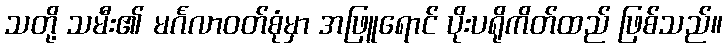
သတို့ သမီး၏ မင်္ဂလာဝတ်စုံမှာ အဖြူရောင် ပိုးပရိုကိတ်ထည် ဖြစ်သည်။